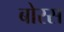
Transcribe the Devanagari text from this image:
बोरस